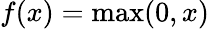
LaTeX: f(x)=\operatorname*{max}(0,x)